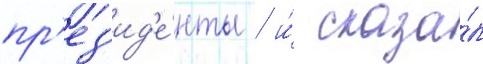
пр'ез'ид'е́нты / и́ сказа́л